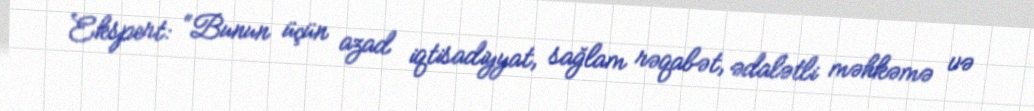
Ekspert: “Bunun üçün azad iqtisadiyyat, sağlam rəqabət, ədalətli məhkəmə və